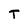
Character: T